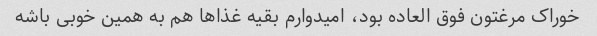
خوراک مرغتون فوق العاده بود، امیدوارم بقیه غذا‌ها هم به همین خوبی باشه